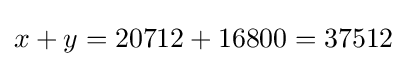
x+y=20712+16800=37512